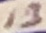
Text: 13